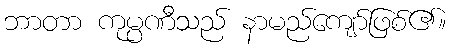
ဘာတာ ကုမ္ပဏီသည် နာမည်ကျော်ဖြစ်၏။